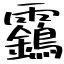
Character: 靎